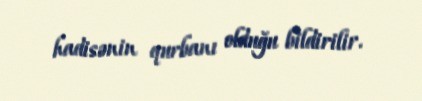
hadisənin qurbanı olduğu bildirilir.